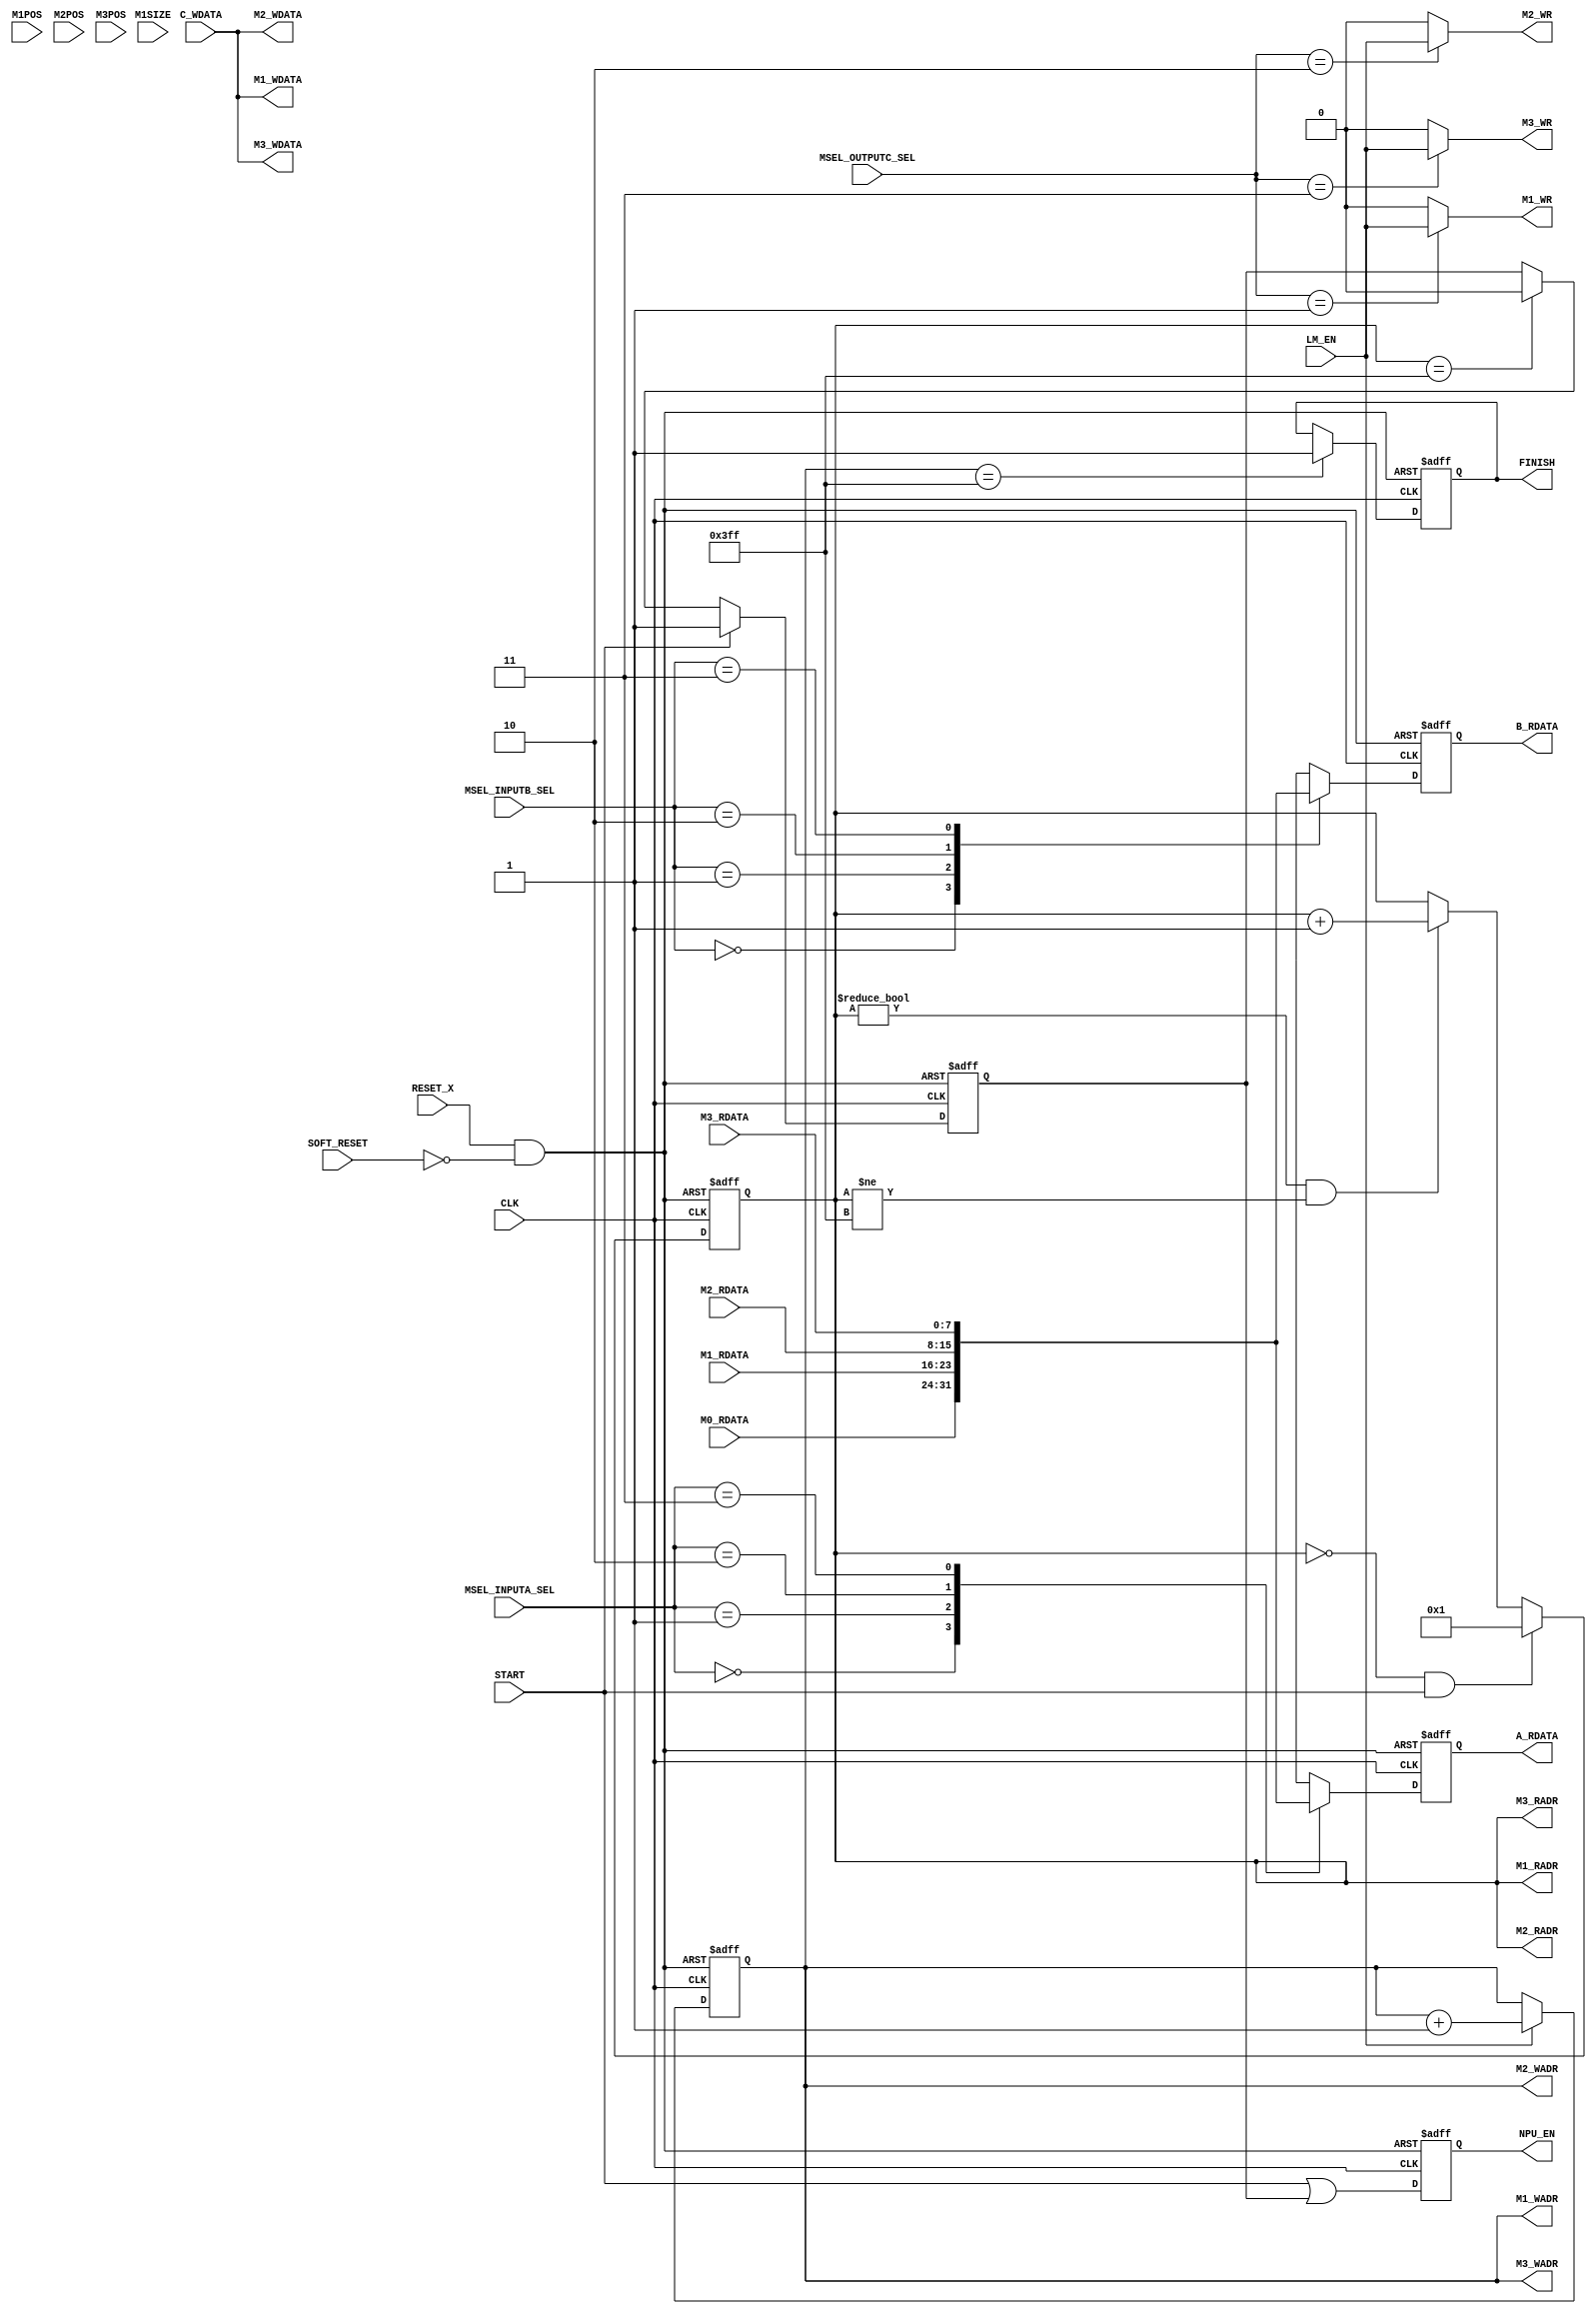
module lmcnt
  (
   input 	    CLK,
   input 	    RESET_X,

   //cpu
   input 	    SOFT_RESET,
   input 	    START,
   output reg 	    FINISH,
   input [1:0] 	    MSEL_INPUTA_SEL,
   input [1:0] 	    MSEL_INPUTB_SEL,
   input [1:0] 	    MSEL_OUTPUTC_SEL,
   input [9:0] 	    M1POS,
   input [9:0] 	    M1SIZE,
   input [9:0] 	    M2POS,
   input [9:0] 	    M3POS,
  
   //local mem
   input [7:0] 	    M0_RDATA,

   output 	    M1_WR,
   output [9:0]     M1_WADR,
   output [7:0]     M1_WDATA,
   output [9:0]     M1_RADR,
   input [7:0] 	    M1_RDATA,

   output 	    M2_WR,
   output [9:0]     M2_WADR,
   output [7:0]     M2_WDATA,
   output [9:0]     M2_RADR,
   input [7:0] 	    M2_RDATA,

   output 	    M3_WR,
   output [9:0]     M3_WADR,
   output [7:0]     M3_WDATA,
   output [9:0]     M3_RADR,
   input [7:0] 	    M3_RDATA,

   
   //npu
   output reg 	    NPU_EN,
   output reg [7:0] A_RDATA,
   output reg [7:0] B_RDATA,

   input 	    LM_EN,
   input [7:0] 	    C_WDATA
   );

   wire 	    rst_x;
   assign rst_x = RESET_X & ~SOFT_RESET;

   reg 		    npu_en_r;
   wire 	    npu_en_w;
   
   assign npu_en_w = START | npu_en_r;
   
   
   reg [9:0] 	    rcnt;
   reg [9:0] 	    wcnt;
   
   always @ (posedge CLK or negedge rst_x)begin
      if (rst_x == 0)begin
	 rcnt <= 0;
      end else begin
	 if ((rcnt == 0) && (START == 1))begin
	    rcnt <= 1;
	 end else if((rcnt != 0) && (rcnt != 10'h3FF))begin
	    rcnt <= rcnt + 1;
	 end
      end
   end 

   always @ (posedge CLK or negedge rst_x)begin
      if (rst_x == 0)begin
	 NPU_EN <= 0;
	 npu_en_r <= 0;
      end else begin
	 NPU_EN <= npu_en_w; 
	 if (START == 1)begin
	    npu_en_r <= 1;
	 end else if(rcnt == 10'h3FF)begin
	    npu_en_r <= 0;
	 end
      end
   end 

   always @ (posedge CLK or negedge rst_x)begin
      if (rst_x == 0)begin
	 wcnt <= 0;
      end else begin
	 if(LM_EN)begin
	    wcnt <= wcnt + 1;
	 end
      end
   end 

   always @ (posedge CLK or negedge rst_x)begin
      if (rst_x == 0)begin
	 FINISH <= 0;
      end else begin
	 if(wcnt == 10'h3FF)begin
	    FINISH <= 1;
	 end
      end
   end 

   //read
   assign M1_RADR = rcnt;
   assign M2_RADR = rcnt;
   assign M3_RADR = rcnt;

   always @ (posedge CLK or negedge rst_x)begin
      if (rst_x == 0)begin
	 A_RDATA <= 0;
      end else begin
	 case (MSEL_INPUTA_SEL)
	   2'b00: A_RDATA <= M0_RDATA;
	   2'b01: A_RDATA <= M1_RDATA;
	   2'b10: A_RDATA <= M2_RDATA;
	   2'b11: A_RDATA <= M3_RDATA;
	 endcase // case (MSEL_INPUTA_SEL)
      end
   end 

   always @ (posedge CLK or negedge rst_x)begin
      if (rst_x == 0)begin
	 B_RDATA <= 0;
      end else begin
	 case (MSEL_INPUTB_SEL)
	   2'b00: B_RDATA <= M0_RDATA;
	   2'b01: B_RDATA <= M1_RDATA;
	   2'b10: B_RDATA <= M2_RDATA;
	   2'b11: B_RDATA <= M3_RDATA;
	 endcase // case (MSEL_INPUTB_SEL)
      end
   end 

   //write
   assign M1_WR = (MSEL_OUTPUTC_SEL == 2'b01) ? LM_EN : 0;
   assign M2_WR = (MSEL_OUTPUTC_SEL == 2'b10) ? LM_EN : 0;   
   assign M3_WR = (MSEL_OUTPUTC_SEL == 2'b11) ? LM_EN : 0;

   assign M1_WADR = wcnt;
   assign M2_WADR = wcnt;
   assign M3_WADR = wcnt;

   assign M1_WDATA = C_WDATA;
   assign M2_WDATA = C_WDATA;
   assign M3_WDATA = C_WDATA;
   
endmodule